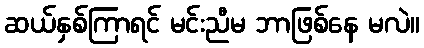
ဆယ်နှစ်ကြာရင် မင်းညီမ ဘာဖြစ်နေ မလဲ။